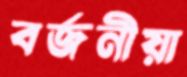
বর্জনীয়া